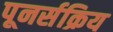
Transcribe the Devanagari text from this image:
पूनर्सक्रिय